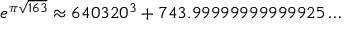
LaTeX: e ^ { \pi { \sqrt { 1 6 3 } } } \approx 6 4 0 3 2 0 ^ { 3 } + 7 4 3 . 9 9 9 9 9 9 9 9 9 9 9 9 2 5 \dots